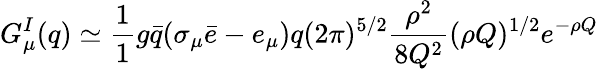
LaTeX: G_{\mu}^{I}(q)\simeq\frac{1}{1}{g}\bar{q}(\sigma_{\mu}\bar{e}-e_{\mu})q(2\pi)^{5/2}\frac{\rho^{2}}{8Q^{2}}(\rho Q)^{1/2}e^{-\rho Q}